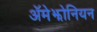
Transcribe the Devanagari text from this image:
ॲमेझोनियन